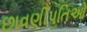
છાવણીપતિઓ